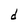
Character: d